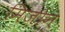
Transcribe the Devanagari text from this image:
मिज़ोन